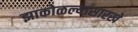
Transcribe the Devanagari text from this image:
झाकोळल्यासारखे